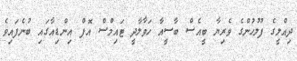
ދިއްލީގެ ފުލުހުންގެ ވެރިޔާ ބީއެސް ބާސީއާ ހަވާލާދީ ޓައިމްސް އޮފް އިންޑިއާގައި ބުނެފައިވެ